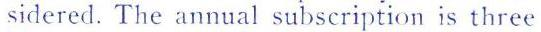
sidered. The annual subscription is three